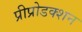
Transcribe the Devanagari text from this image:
प्रीप्रोडक्शन